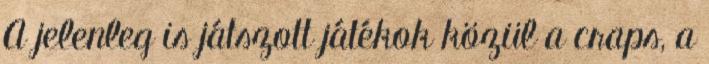
A jelenleg is játszott játékok közül a craps, a